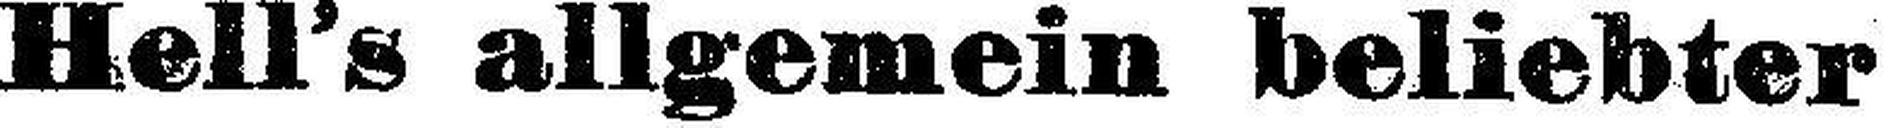
Hell’s allgemein beliebter